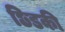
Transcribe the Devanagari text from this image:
छिडकी